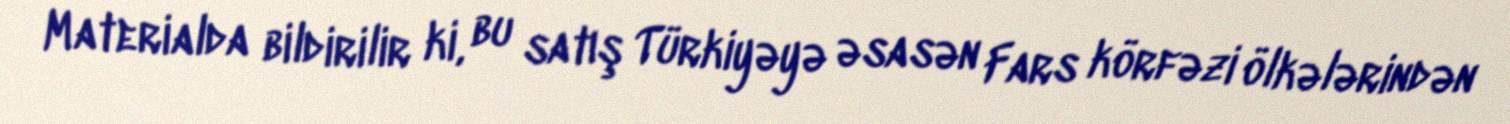
Materialda bildirilir ki, bu satış Türkiyəyə əsasən Fars körfəzi ölkələrindən